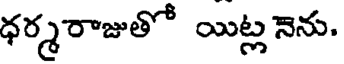
ధర్మరాజుతో యిట్ల నెను.